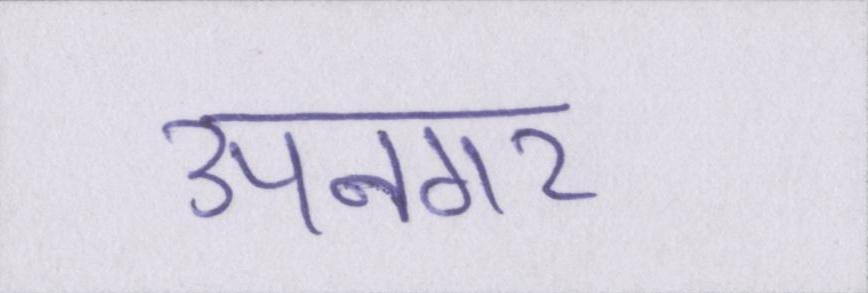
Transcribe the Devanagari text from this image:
उपनगर